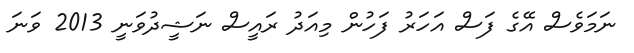
ނަމަވެސް އޭގެ ފަސް އަހަރު ފަހުން މިއަދު ރައީސް ނަޝީދުވަނީ 2013 ވަނަ